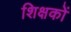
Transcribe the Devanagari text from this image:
शिक्षकों